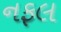
નફલ